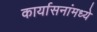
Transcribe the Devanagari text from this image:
कार्यासनांमध्ये